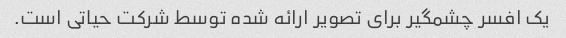
یک افسر چشمگیر برای تصویر ارائه شده توسط شرکت حیاتی است.